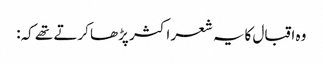
وہ اقبال کایہ شعر اکثر پڑھا کرتے تھے کہ: